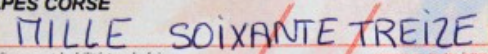
MILLE SOIXANTE TREIZE